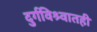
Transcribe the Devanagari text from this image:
दुर्गविश्र्वातही